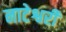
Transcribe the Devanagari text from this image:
नाटेश्वरी